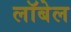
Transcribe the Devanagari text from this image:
लॉबेल